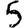
Digit: 5